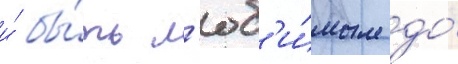
и́ бы́ть л'юб'и́мым до́